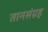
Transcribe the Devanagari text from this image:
तानसंग्रह